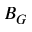
B _ { G }